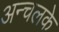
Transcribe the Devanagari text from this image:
अन्चलके